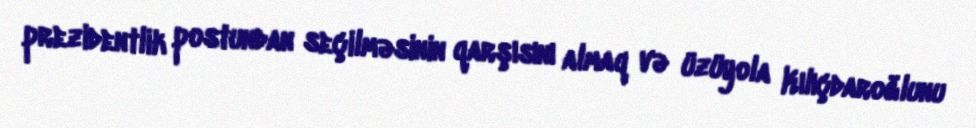
prezidentlik postundan seçilməsinin qarşısını almaq və üzüyola Kılıçdaroğlunu